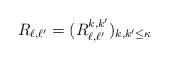
LaTeX: \begin{align*}R_{\ell,\ell'}=(R_{\ell,\ell'}^{k,k'})_{k,k'\leq \kappa}\end{align*}